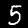
Digit: 5